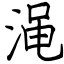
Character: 渑